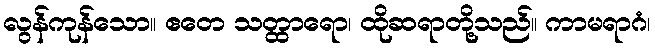
လွန်ကုန်သော။ ဧတေ သတ္ထာရော၊ ထိုဆရာတို့သည်။ ကာမရာဂံ၊